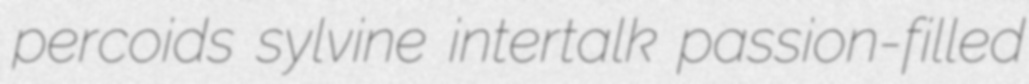
percoids sylvine intertalk passion-filled